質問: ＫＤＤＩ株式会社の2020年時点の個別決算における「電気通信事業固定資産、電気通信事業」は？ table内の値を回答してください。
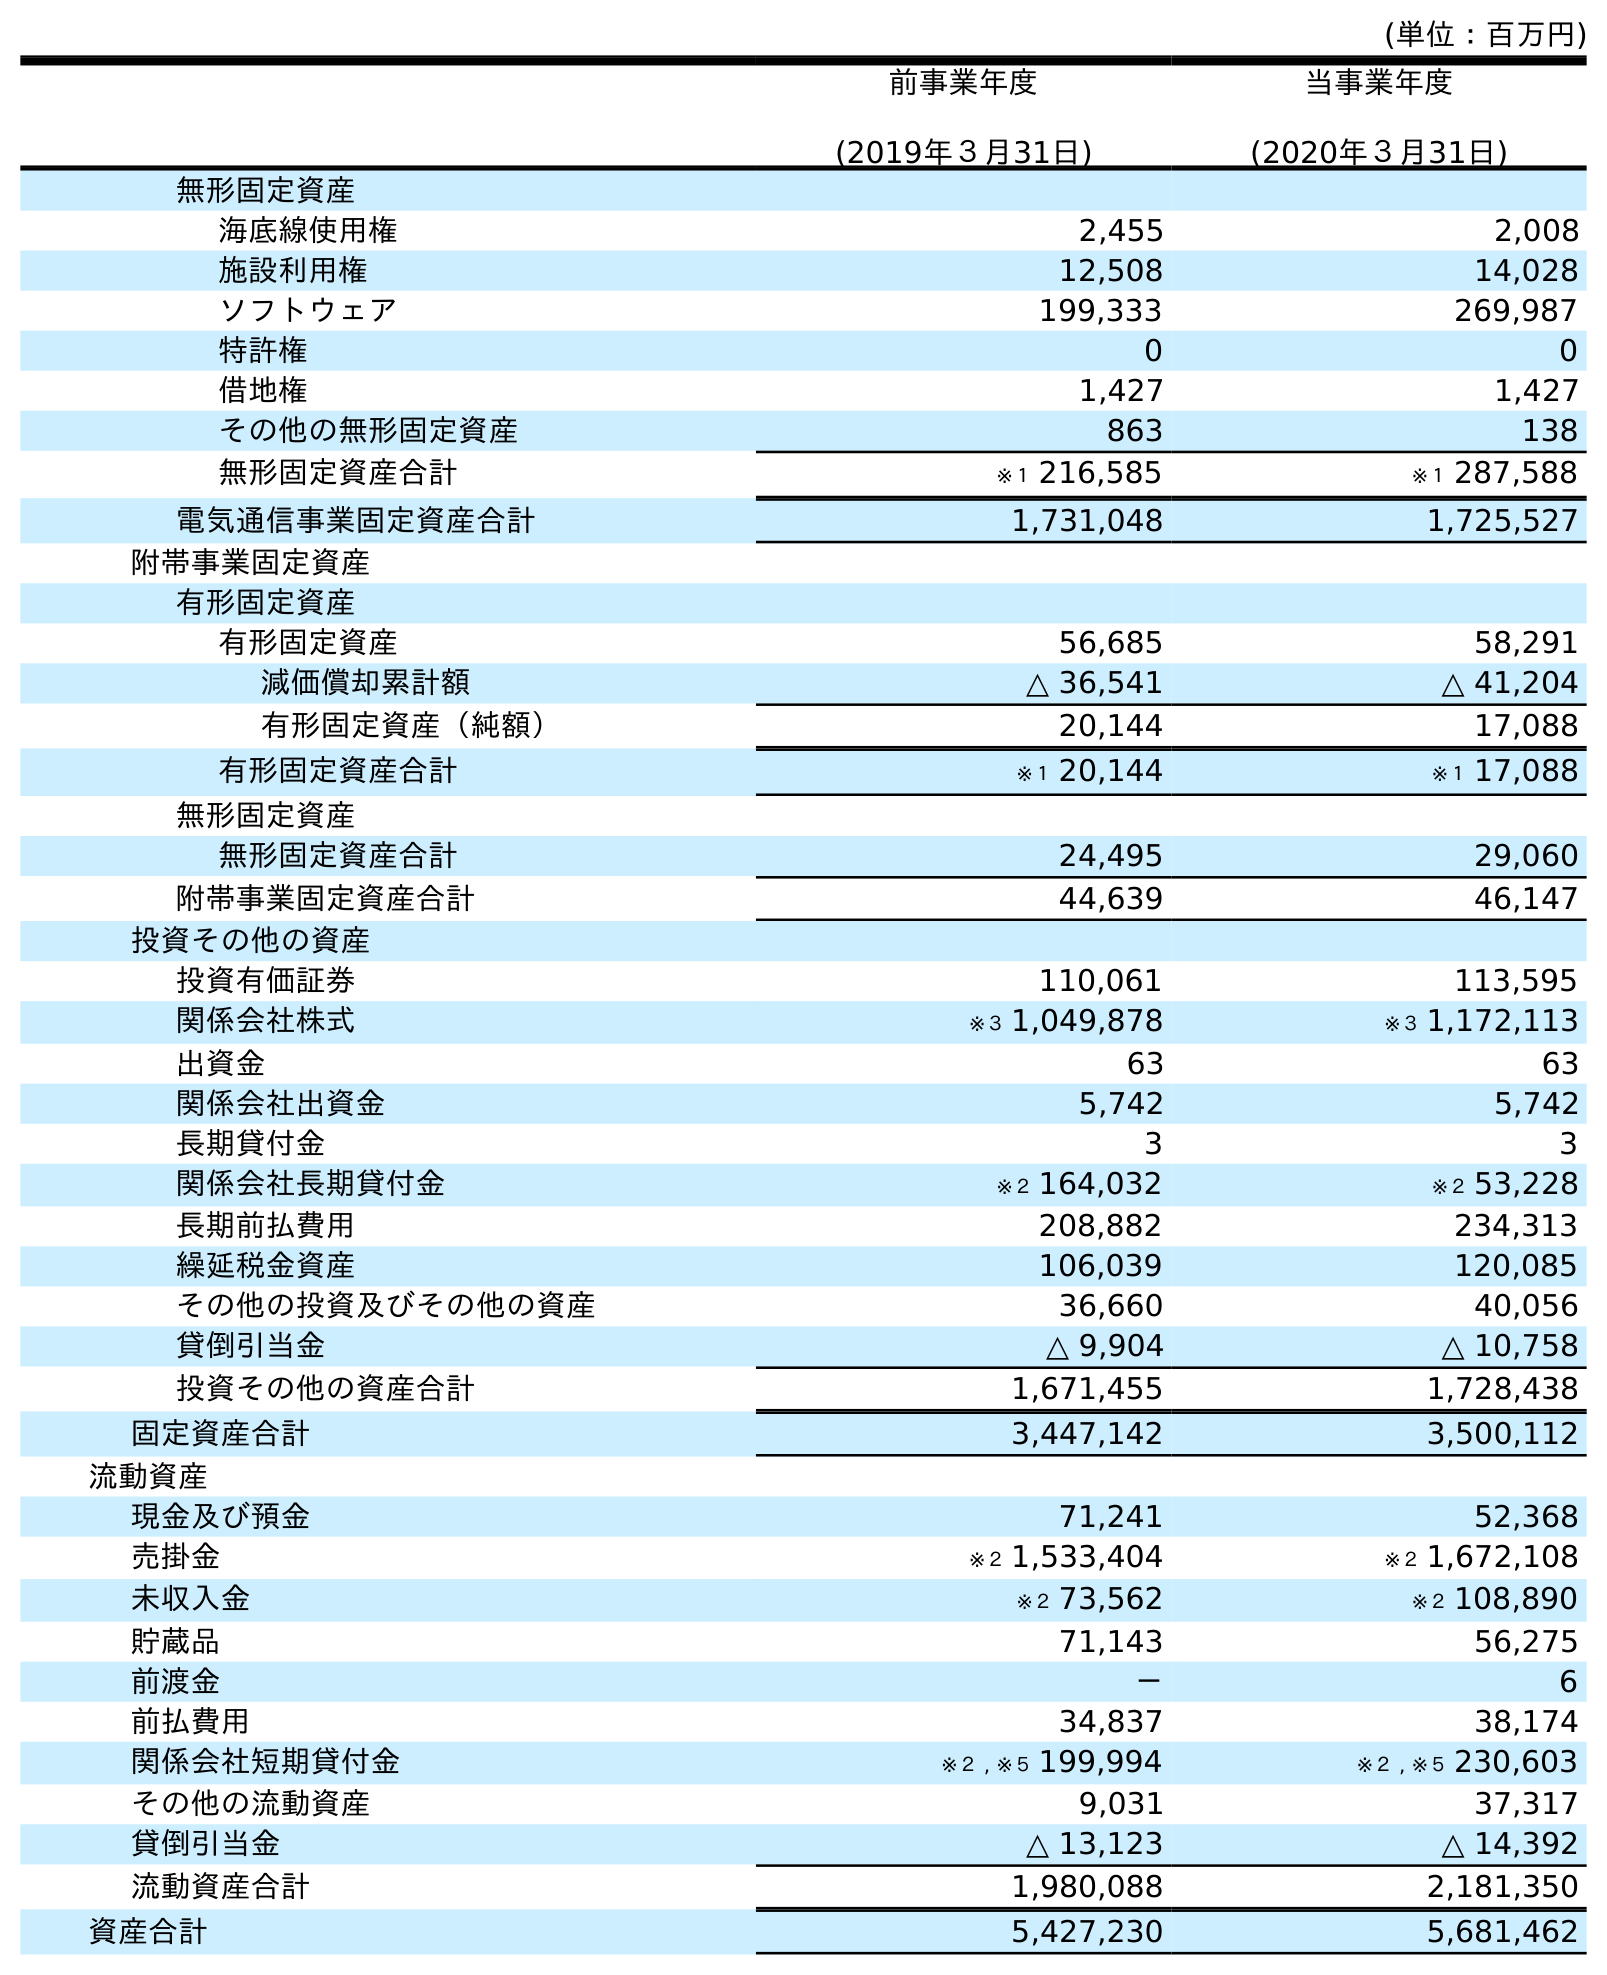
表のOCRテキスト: (単位：百万円) 前事業年度 (2019年３月31日) 当事業年度 (2020年３月31日) 無形固定資産 海底線使用権 2,455 2,008 施設利用権 12,508 14,028 ソフトウェア 199,333 269,987 特許権 0 0 借地権 1,427 1,427 その他の無形固定資産 863 138 無形固定資産合計 ※１ 216,585 ※１ 287,588 電気通信事業固定資産合計 1,731,048 1,725,527 附帯事業固定資産 有形固定資産 有形固定資産 56,685 58,291 減価償却累計額 △ 36,541 △ 41,204 有形固定資産（純額） 20,144 17,088 有形固定資産合計 ※１ 20,144 ※１ 17,088 無形固定資産 無形固定資産合計 24,495 29,060 附帯事業固定資産合計 44,639 46,147 投資その他の資産 投資有価証券 110,061 113,595 関係会社株式 ※３ 1,049,878 ※３ 1,172,113 出資金 63 63 関係会社出資金 5,742 5,742 長期貸付金 3 3 関係会社長期貸付金 ※２ 164,032 ※２ 53,228 長期前払費用 208,882 234,313 繰延税金資産 106,039 120,085 その他の投資及びその他の資産 36,660 40,056 貸倒引当金 △ 9,904 △ 10,758 投資その他の資産合計 1,671,455 1,728,438 固定資産合計 3,447,142 3,500,112 流動資産 現金及び預金 71,241 52,368 売掛金 ※２ 1,533,404 ※２ 1,672,108 未収入金 ※２ 73,562 ※２ 108,890 貯蔵品 71,143 56,275 前渡金 － 6 前払費用 34,837 38,174 関係会社短期貸付金 ※２ , ※５ 199,994 ※２ , ※５ 230,603 その他の流動資産 9,031 37,317 貸倒引当金 △ 13,123 △ 14,392 流動資産合計 1,980,088 2,181,350 資産合計 5,427,230 5,681,462
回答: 1,725,527